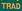
trad